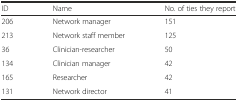
<table><thead><tr><td><b>ID</b></td><td><b>Name</b></td><td><b>No. of ties they report</b></td></tr></thead><tbody><tr><td>206</td><td>Network manager</td><td>151</td></tr><tr><td>213</td><td>Network staff member</td><td>125</td></tr><tr><td>36</td><td>Clinician-researcher</td><td>50</td></tr><tr><td>134</td><td>Clinician manager</td><td>42</td></tr><tr><td>165</td><td>Researcher</td><td>42</td></tr><tr><td>131</td><td>Network director</td><td>41</td></tr></tbody></table>